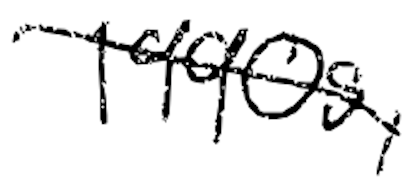
Text: 1990s,
Cross-out: diagonal
Writing tool: digital_black